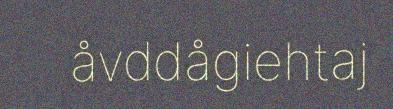
åvddågiehtaj